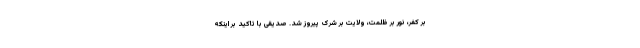
بر کفر، نور بر ظلمت، ولایت بر شرک پیروز شد. صدیقی با تاکید بر اینکه